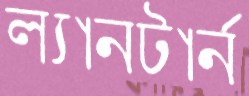
ল্যানটার্ন